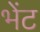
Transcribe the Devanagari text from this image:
भेेंट